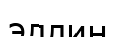
эллин